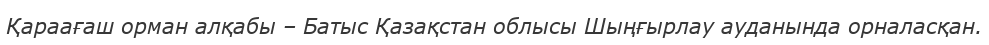
Қараағаш орман алқабы – Батыс Қазақстан облысы Шыңғырлау ауданында орналасқан.